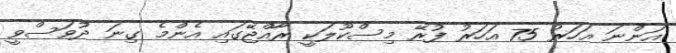
އަންނަ އަހަރު 75 އަހަރު ފުރޭ މިސްކޫލަކީ ރާއްޖޭގައި އެންމެ ގިނަ ދުވަސްވީ